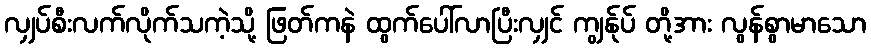
လျှပ်စီးလက်လိုက်သကဲ့သို့ ဖြတ်ကနဲ ထွက်ပေါ်လာပြီးလျှင် ကျွန်ုပ် တို့အား လွန်စွာမာသော